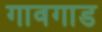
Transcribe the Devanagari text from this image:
गावगाड